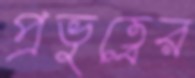
প্রভুত্বের